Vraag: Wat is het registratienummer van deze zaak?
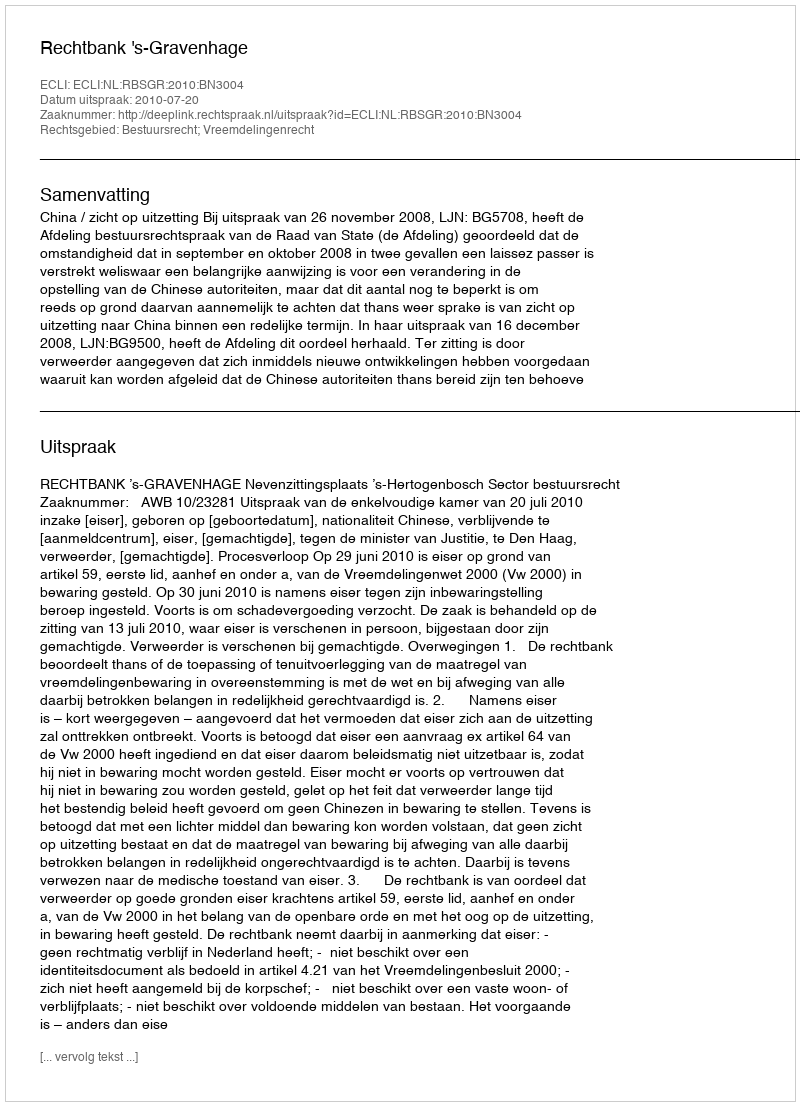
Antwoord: http://deeplink.rechtspraak.nl/uitspraak?id=ECLI:NL:RBSGR:2010:BN3004